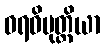
ဝရဝိမုတ္တိယာ